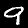
Label: 9